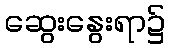
ဆွေးနွေးရာ၌